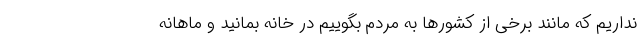
نداریم که مانند برخی از کشورها به مردم بگوییم در خانه بمانید و ماهانه